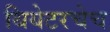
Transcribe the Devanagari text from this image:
थियेटरचेच